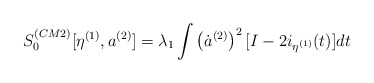
\begin{align*}S_0^{(CM2)}[\eta^{(1)},a^{(2)}] = \lambda_1\int\left(\dot{a}^{(2)}\right)^2[I-2i_{\eta^{(1)}}(t)]dt\end{align*}